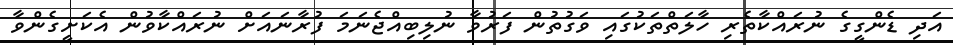
އަދި ޑެންގީގެ ނުރައްކާތެރި ހާލަތްތަކުގައި ވަގުތުން ފަރުވާ ނުލިބިއްޖެނަމަ ފުރާނައަށް ނުރައްކާވުން އެކަށީގެންވާ